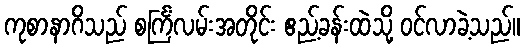
ကုစာနာဂိသည် စင်္ကြံလမ်းအတိုင်း ဧည့်ခန်းထဲသို့ ဝင်လာခဲ့သည်။